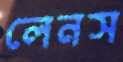
লেনস